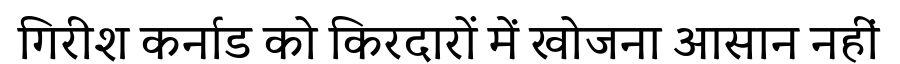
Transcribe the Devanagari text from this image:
गिरीश कर्नाड को किरदारों में खोजना आसान नहीं